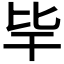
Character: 𣬂